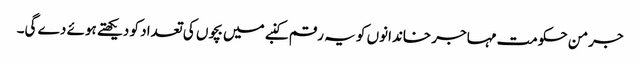
جرمن حکومت مہاجر خاندانوں کو یہ رقم کنبے میں بچوں کی تعداد کو دیکھتے ہوئے دے گی۔